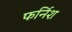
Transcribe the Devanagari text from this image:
फर्निश